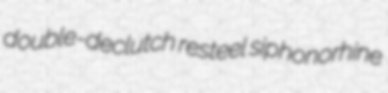
double-declutch resteel siphonorhine